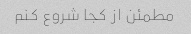
مطمئن از کجا شروع کنم